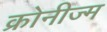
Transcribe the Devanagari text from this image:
क्रोनीज्म